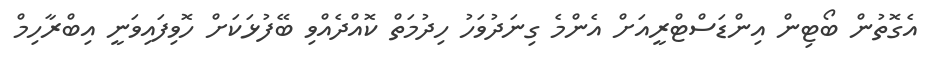
އެގޮތުން ބޯޓިން އިންޑަސްޓްރީއަށް އެންމެ ގިނަދުވަހު ހިދުމަތް ކޮއްދެއްވި ބޭފުޅަކަށް ހޮވިފައިވަނީ އިބްރާހިމް